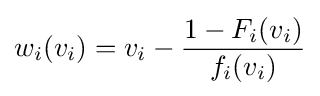
w_{i}(v_{i})=v_{i}-{\frac {1-F_{i}(v_{i})}{f_{i}(v_{i})}}